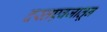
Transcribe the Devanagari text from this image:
दस्तएवजातून